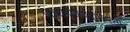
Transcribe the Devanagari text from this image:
प्राध्यापकपदाकरता